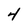
Character: 4